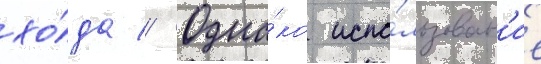
хо́да // Одна́ко испо́льзован'ие